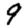
Digit: 9